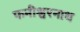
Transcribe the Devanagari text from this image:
फनीश्वरनाथ